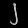
Digit: ၂